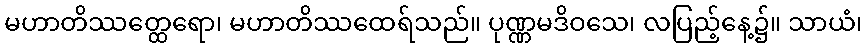
မဟာတိဿတ္ထေရော၊ မဟာတိဿထေရ်သည်။ ပုဏ္ဏမဒိဝသေ၊ လပြည့်နေ့၌။ သာယံ၊